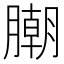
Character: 𣎢